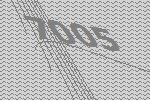
7005